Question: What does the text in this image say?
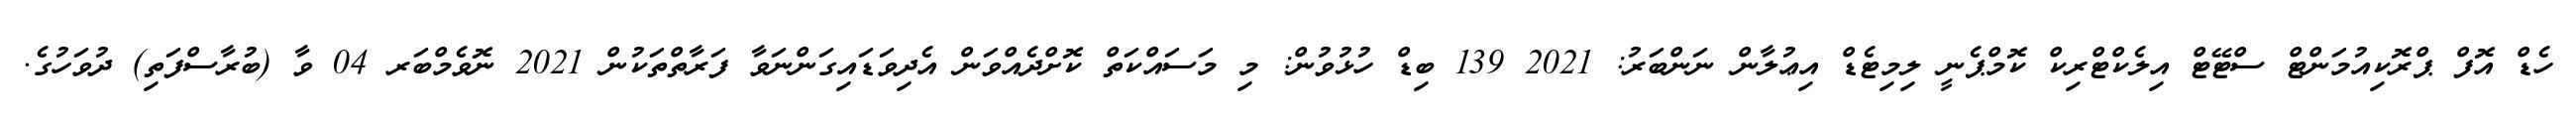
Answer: ހެޑް އޮފް ޕްރޮކިއުމަންޓް ސްޓޭޓް އިލެކްޓްރިކް ކޮމްޕެނީ ލިމިޓެޑް އިޢުލާން ނަންބަރު: 2021 139 ބިޑް ހުޅުވުން: މި މަސައްކަތް ކޮށްދެއްވަން އެދިވަޑައިގަންނަވާ ފަރާތްތަކުން 2021 ނޮވެމްބަރ 04 ވާ (ބުރާސްފަތި) ދުވަހުގެ.